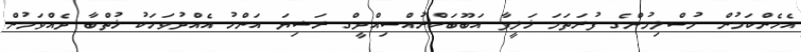
އެހެންކަމުން މުސްލިމުންގެ ފުރަތަމަ ޚަލީފާ އަބޫބަކްރުއްސިއްދީގް ރަޟިޔަ އަންހު އެއްދުވަހަކު ޚުތްބާ ދެއްވަމުން